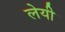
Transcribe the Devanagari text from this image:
लेयी